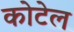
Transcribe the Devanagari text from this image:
कोटेल